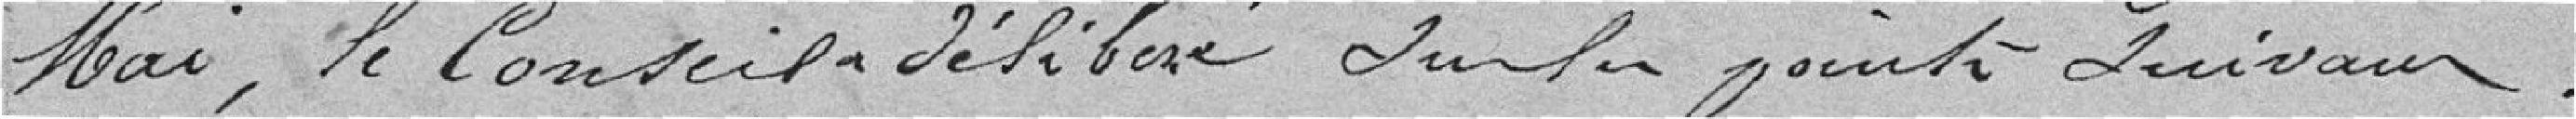
Mai, le Conseil a délibéré sur les points suivants